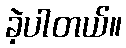
ခဲ့ပါတယ်။